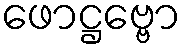
ဖောဋ္ဌဗ္ဗော